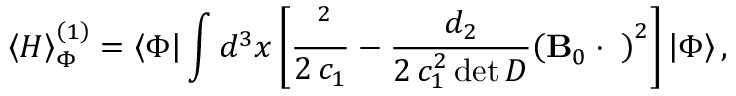
\left\langle H \right\rangle _ { \Phi } ^ { \left( 1 \right) } = \left\langle \Phi \right| \int { { d ^ { 3 } } x } \left[ { \frac { { { { \bf \Pi } ^ { 2 } } } } { { 2 \, { c _ { 1 } } } } - \frac { { { d _ { 2 } } } } { { 2 \, c _ { 1 } ^ { 2 } \operatorname* { d e t } D } } { { \left( { { \bf B } _ { 0 } \cdot { \bf \Pi } } \right) } ^ { 2 } } } \right] \left| \Phi \right\rangle ,